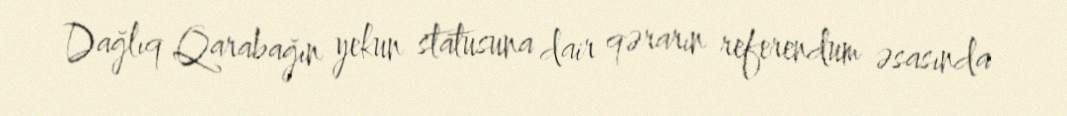
Dağlıq Qarabağın yekun statusuna dair qərarın referendum əsasında